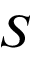
S